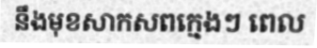
នឹងមុខសាកសពក្មេងៗ ពេល